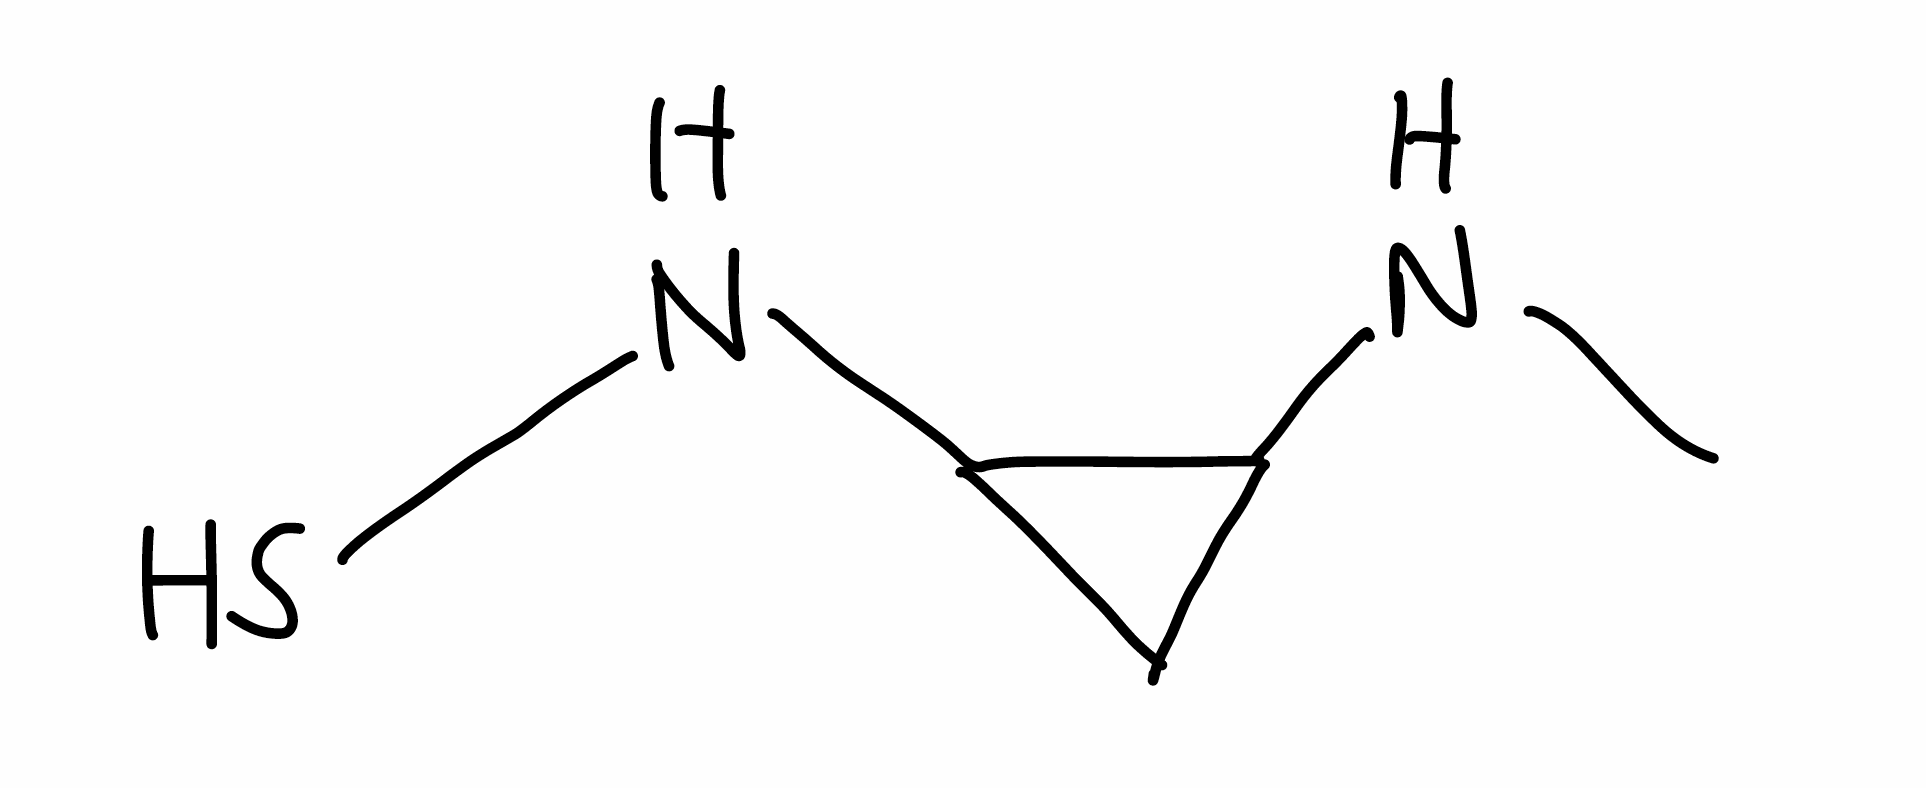
Simplified molecular-input line-entry system (SMILES) notation of the given molecule:
CNC1CC1NS